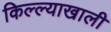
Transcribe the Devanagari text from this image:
किल्ल्याखाली